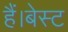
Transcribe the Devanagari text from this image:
हैं।बेस्ट